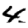
Digit: 4